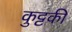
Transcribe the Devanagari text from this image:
कुट्टकी